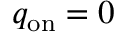
q _ { \mathrm { o n } } = 0